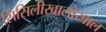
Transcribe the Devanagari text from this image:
सिसिलीखालोखाल